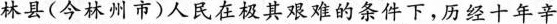
林县(今林州市)人民在极其艰难的条件下，历经十年辛